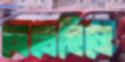
মেখেছিলে